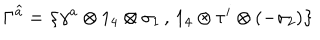
LaTeX: \Gamma \widehat { ^ { a } } = \left\{ \gamma ^ { a } \otimes 1 _ { 4 } \otimes \sigma _ { 1 } \, , \, 1 _ { 4 } \otimes \tau ^ { i } \otimes ( - \sigma _ { 2 } ) \right\}